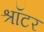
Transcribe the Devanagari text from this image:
श्रॉटर